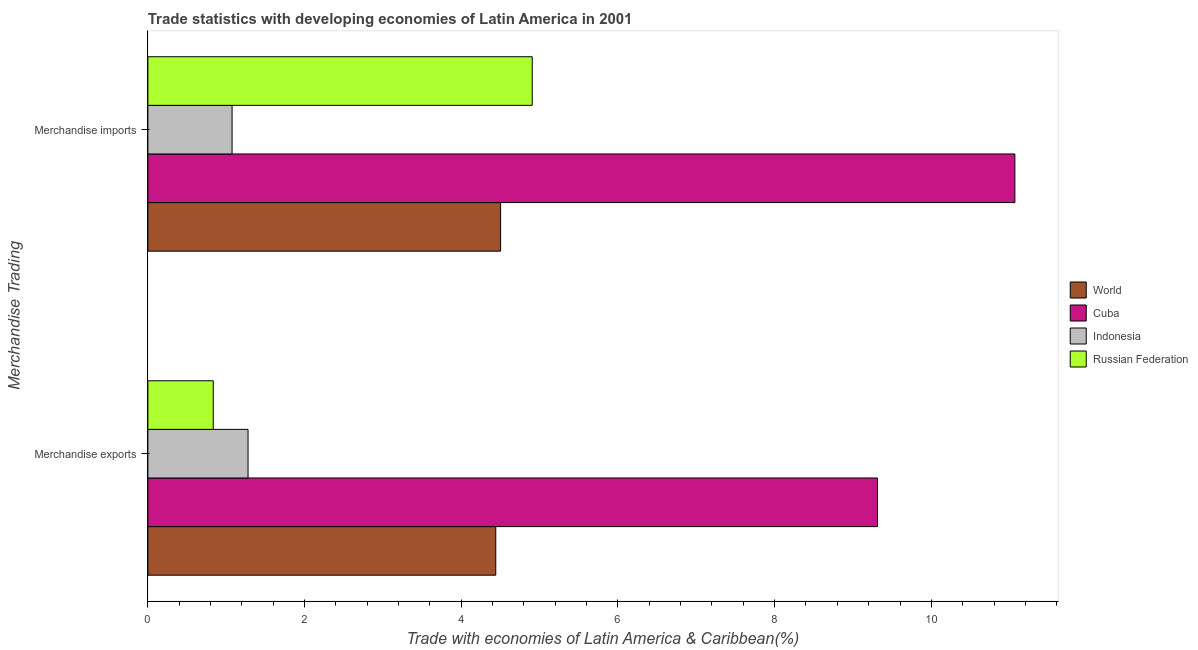
| Merchandise Trading | World | Cuba | Indonesia | Russian Federation |
 | --- | --- | --- | --- | --- |
 | Merchandise exports | 4.44 | 9.31 | 1.28 | 0.835 |
 | Merchandise imports | 4.5 | 11.1 | 1.07 | 4.91 |